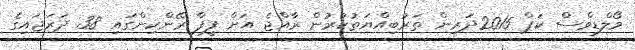
މޯލްޑިވްސް ކަޕް 2015ދަރިން ތަރުބިއްޔަތުކުރުން ރާއްޖެ އަށް ފީފާ ރޭންކިންގައި 38 ދަރަޖައިގެ